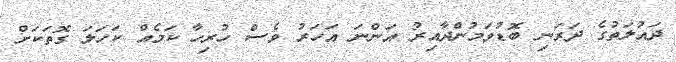
ދައުލަތުގެ ދަރަނި ބޮޑުވަމުންދާއިރު އަންނަ އަހަރު ވެސް ހުރިހާ ކަމެއް ކަހަލަ ގޮތަކަށް